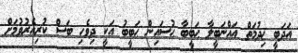
އަދަބީ ޚިދުމަތް އައްނަބީލާ ޙަބީބާ ޙުސައިން ޙަބީބު އަކީ ދިވެހި ބަސް ކުރިއެރުވުމަށް